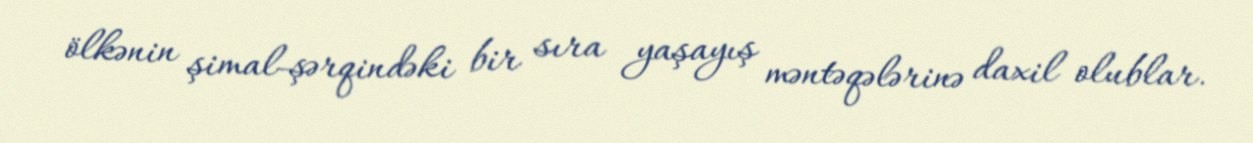
ölkənin şimal-şərqindəki bir sıra yaşayış məntəqələrinə daxil olublar.